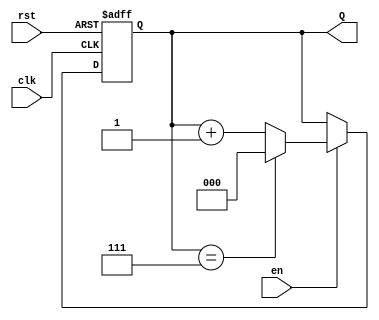
module UpCounter (
    input wire clk,        // Clock signal
    input wire en,        // Enable signal
    input wire rst,       // Asynchronous reset signal
    output reg [N-1:0] Q  // Counter output
);
    parameter N = 3;      // Number of bits for the counter
    parameter MAX_COUNT = (1 << N) - 1; // Maximum count value (2^N - 1)

    // Asynchronous reset and counting logic
    always @(posedge clk or posedge rst) begin
        if (rst) begin
            Q <= 0; // Reset counter to zero
        end else if (en) begin
            if (Q == MAX_COUNT) begin
                Q <= 0; // Wrap around to zero
            end else begin
                Q <= Q + 1; // Increment counter
            end
        end
        // If enable is low, retain current value (no action needed)
    end
endmodule